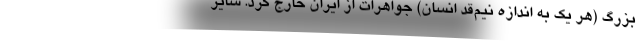
بزرگ (هر یک به اندازه نیم‌قد انسان) جواهرات از ایران خارج کرد. سایر